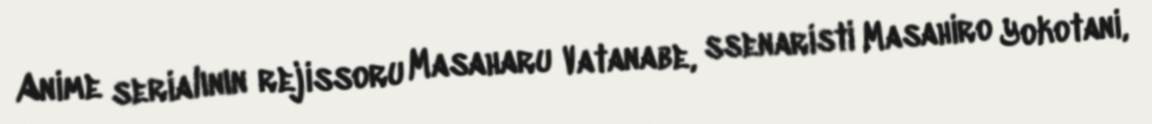
Anime serialının rejissoru Masaharu Vatanabe, ssenaristi Masahiro Yokotani,